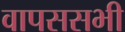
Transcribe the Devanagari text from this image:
वापससभी